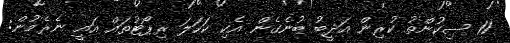
11 ސިކުންތު ކުރިން އަދީބު ބުނެގެން އެކި ކަހަލަ ރިޕޯޓުތައް އައީ ނެރެމުން: